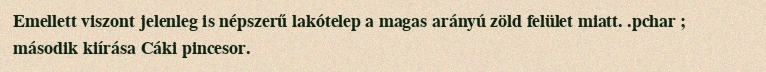
Emellett viszont jelenleg is népszerű lakótelep a magas arányú zöld felület miatt. .pchar ; második kiírása Cáki pincesor.